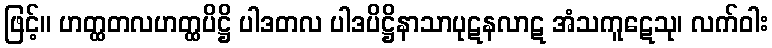
ဖြင့်။ ဟတ္ထတလဟတ္ထပိဋ္ဌိ ပါဒတလ ပါဒပိဋ္ဌိနာသာပုဋနလာဋ အံသကူဋေသု၊ လက်ဝါး